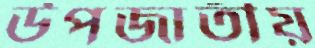
উপজাতীয়